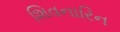
શિવનારિન